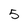
Character: 5